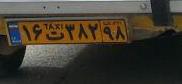
۱۶ت۳۸۲۹۸